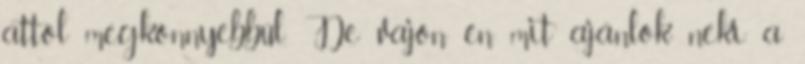
attól megkönnyebbül. De vajon én mit ajánlok neki a